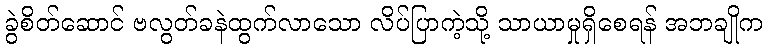
ခွဲစိတ်ဆောင် ဗလွတ်ခနဲထွက်လာသော လိပ်ပြာကဲ့သို့ သာယာမှုရှိစေရန် အဘချိုက